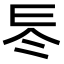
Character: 𠗁